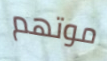
موتهم